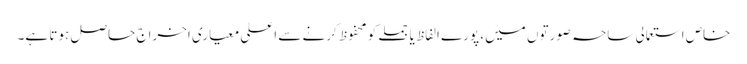
خاص استعمالی ساحہ صورتوں میں، پورے الفاظ یا جملے کو محفوظ کرنے سے اعلی معیاری اخراج حاصل ہوتا ہے۔